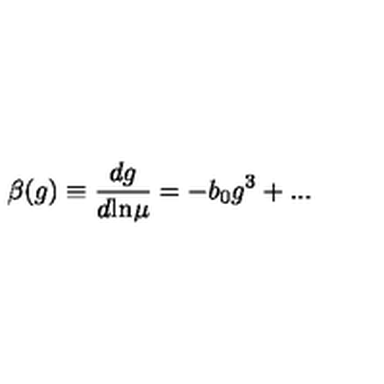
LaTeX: \beta ( g ) \equiv \frac { d g } { d \mathrm { l n } \mu } = - b _ { 0 } g ^ { 3 } + . . .